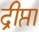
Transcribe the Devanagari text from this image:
द्रीप्ता